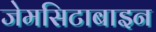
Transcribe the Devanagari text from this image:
जेमसिटाबाइन